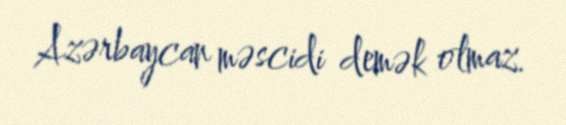
Azərbaycan məscidi demək olmaz.